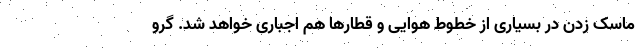
ماسک زدن در بسیاری از خطوط هوایی و قطارها هم اجباری خواهد شد. گرو